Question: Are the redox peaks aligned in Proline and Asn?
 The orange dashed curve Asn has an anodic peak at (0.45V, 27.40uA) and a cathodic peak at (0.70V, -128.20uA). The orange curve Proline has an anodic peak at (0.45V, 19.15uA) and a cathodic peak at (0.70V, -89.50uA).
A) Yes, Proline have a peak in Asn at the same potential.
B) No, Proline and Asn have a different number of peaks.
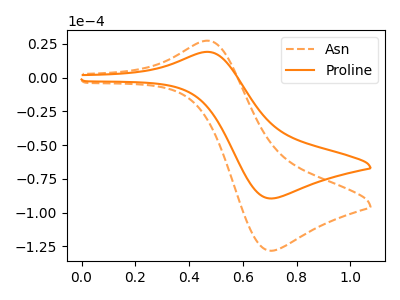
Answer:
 <answer>A) Yes, "Proline" have a peak in "Asn" at the same potential.</answer>
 <eval>A</eval>